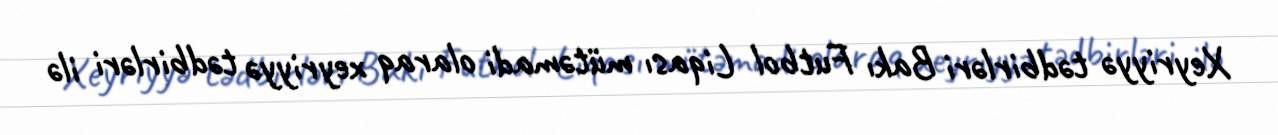
Xeyriyyə tədbirləri Bakı Futbol Liqası mütəmadi olaraq xeyriyyə tədbirləri ilə